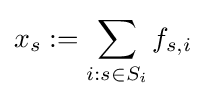
x_{s}:=\sum _{i:s\in S_{i}}f_{s,i}